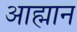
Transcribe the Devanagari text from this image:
आह्मान